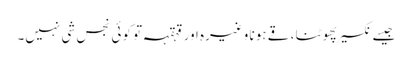
جیسے نکسیر پھوٹنا ، قے ہونا وغیرہ اور قہقہہ تو کوئی نجس شی نہیں۔